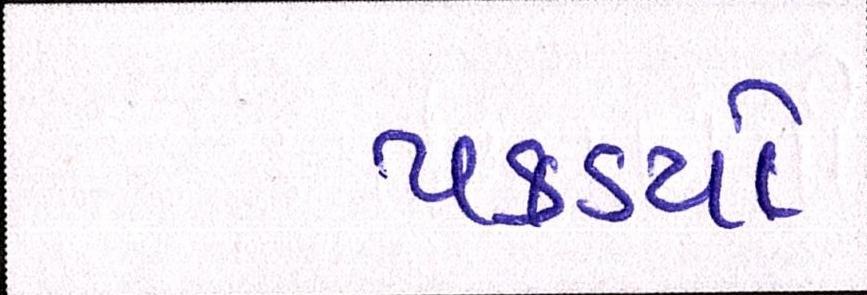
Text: પકડયો